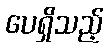
ပေရှိသည့်